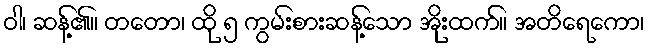
ဝါ၊ ဆန့်၏။ တတော၊ ထို ၅ ကွမ်းစားဆန့်သော အိုးထက်။ အတိရေကော၊